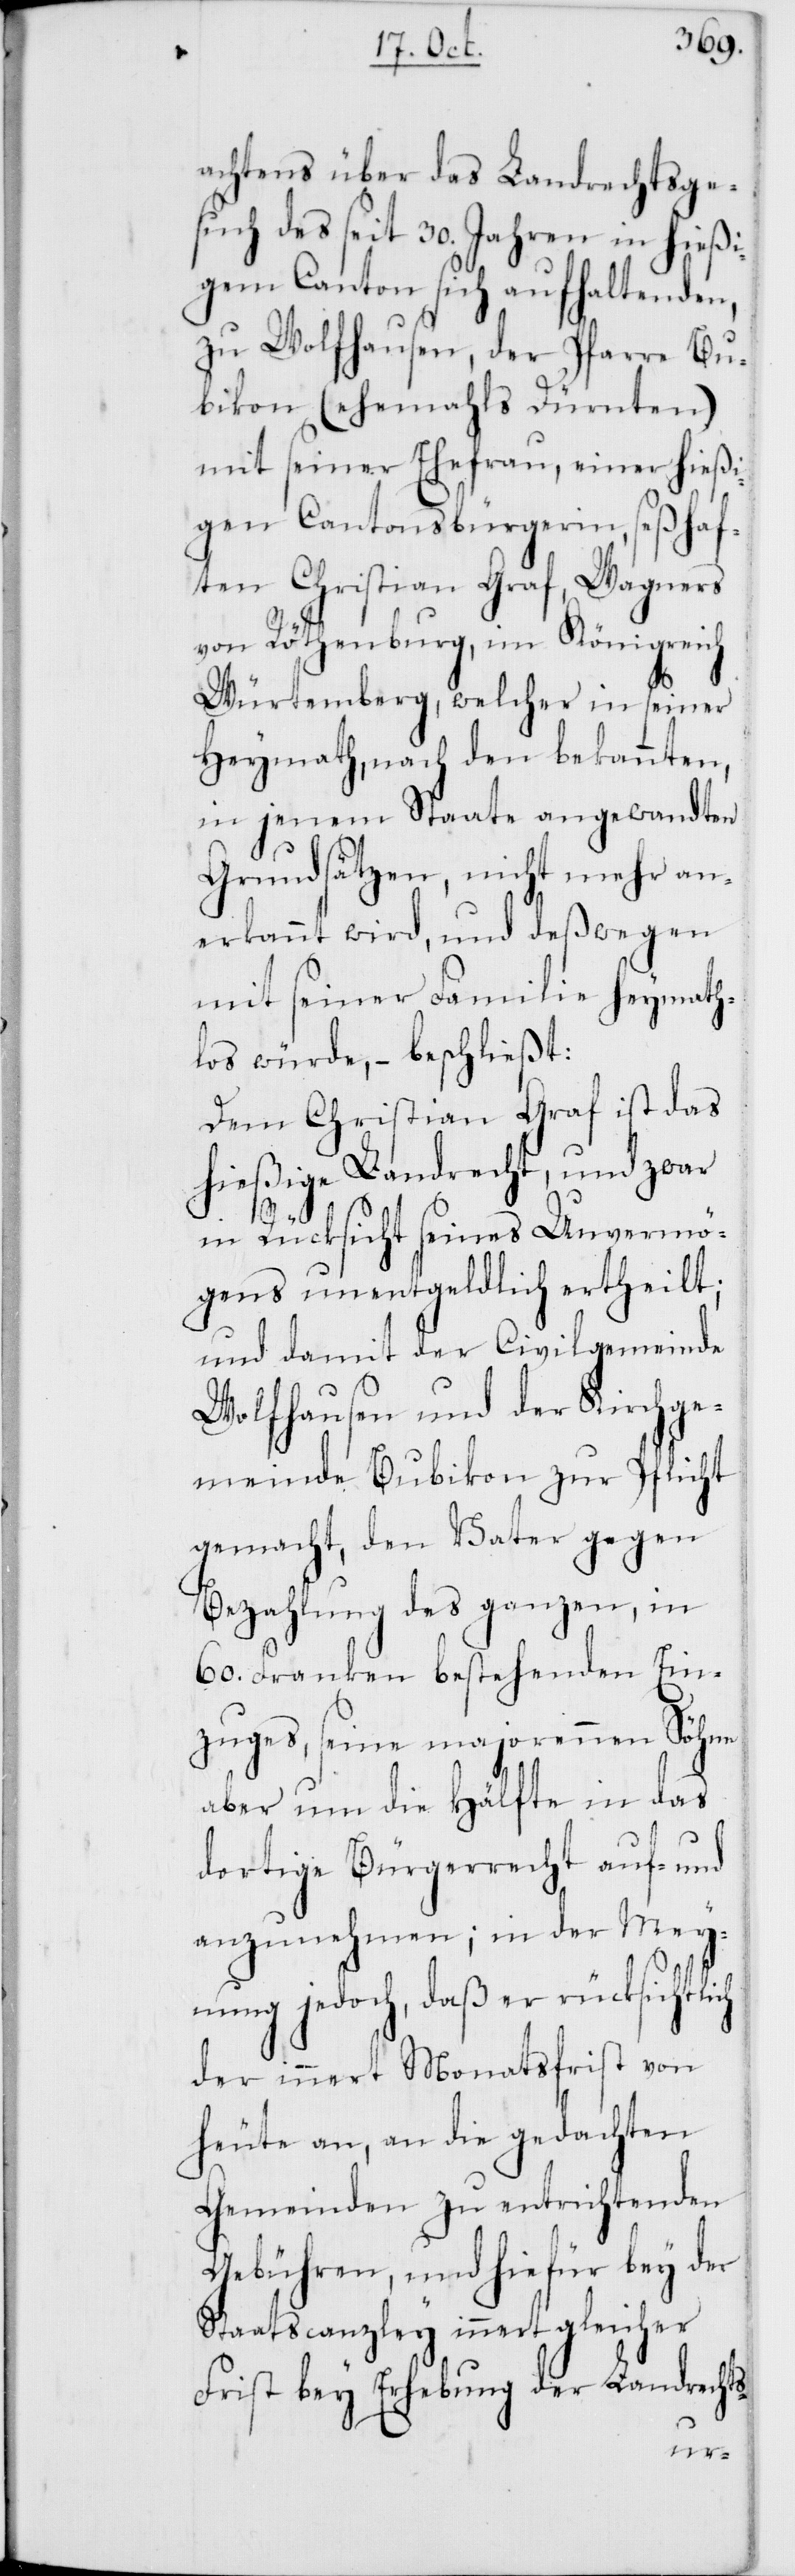
achtens über das Landrechtsge¬
such des seit 30. Jahren in hießi¬
gem Canton sich aufhaltenden,
zu Wolfhausen, der Pfarre Bu¬
bikon (ehemahls Dürnten)
mit seiner Ehefrau, einer hießi¬
gen Cantonsbürgerin, seßhaf¬
ten Christian Graf, Wagners
von Röthenburg, im Königreich
Würtemberg, welcher in seiner
Heymath, nach den bekannten,
in jenem Staate angewandten
Grundsätzen, nicht mehr an¬
erkannt wird, und deßwegen
mit seiner Famiilie heymath¬
los würde, – beschließt:
Dem Christian Graf ist das
hießige Landrecht, und zwar
in Rücksicht seines Unvermö¬
gens unentgeldlich ertheilt;
und damit der Civilgemeinde
Wolfhausen und der Kirchge¬
meinde Bubikon zur Pflicht
gemacht, den Vater gegen
Bezahlung des ganzen, in
60. Franken bestehenden Ein¬
zuges, seine majorennen Söhne
aber um die Hälfte in das
dortige Bürgerrecht auf- und
anzunehmen; in der Mey¬
nung jedoch, daß er rücksichtlich
der innert Monatsfrist von
heute an, an die gedachten
Gemeinden zu entrichtenden
Gebühren, und hiefür bey der
Staatscanzley innert gleicher
Frist bey Erhebung der Landrechts-